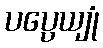
ပပ္ပေယျုံ